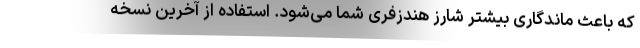
که باعث ماندگاری بیشتر شارز هندزفری شما می‌شود. استفاده از آخرین نسخه